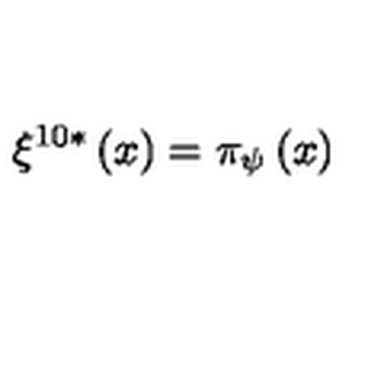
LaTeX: \xi ^ { 1 0 * } \left( x \right) = \pi _ { \psi } \left( x \right)